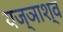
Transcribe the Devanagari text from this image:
यज्ञाश्व